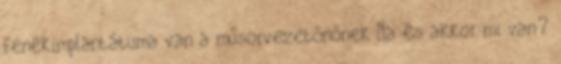
fenékimplantátuma van a műsorvezetőnőnek Na és akkor mi van?